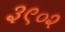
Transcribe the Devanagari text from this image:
३९०२